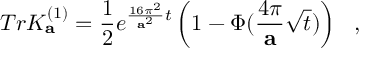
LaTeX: T r K _ { \bf a } ^ { ( 1 ) } = { \frac { 1 } { 2 } } e ^ { { \frac { 1 6 \pi ^ { 2 } } { { \bf a } ^ { 2 } } } t } \left( 1 - \Phi ( { \frac { 4 \pi } { \bf a } } \sqrt { t } ) \right) ~ ~ ,